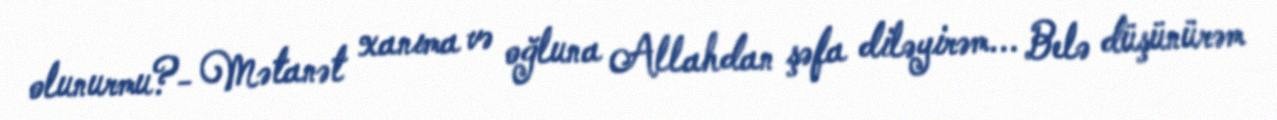
olunurmu?- Mətanət xanıma və oğluna Allahdan şəfa diləyirəm... Belə düşünürəm